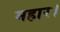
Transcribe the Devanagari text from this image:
महार।